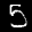
Label: 5